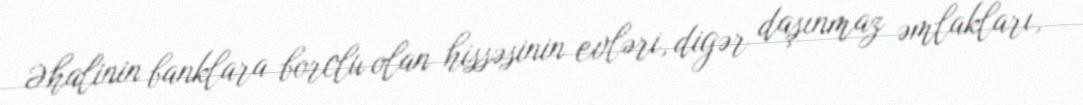
Əhalinin banklara borclu olan hissəsinin evləri, digər daşınmaz əmlakları,